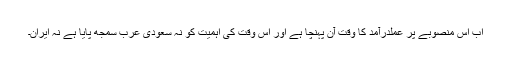
اب اس منصوبے پر عملدرآمد کا وقت آن پہنچا ہے اور اس وقت کی اہمیت کو نہ سعودی عرب سمجھ پایا ہے نہ ایران۔